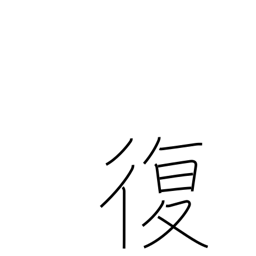
Meaning: revert